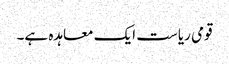
قومی ریاست ایک معاہدہ ہے۔